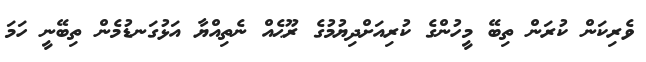
ވެރިކަން ކުރަން ތިބޭ މީހުންގެ ކުރިއަށްދިޔުމުގެ ރޫޙެއް ނެތިއްޔާ އަޅުގަނޑުމެން ތިބޭނީ ހަމަ